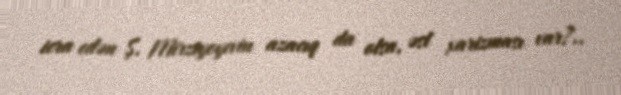
icra edən Ş. Mirziyoyevin azacıq da olsa, əsl xarizması var?..